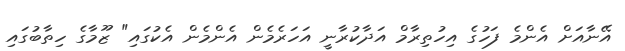
އޭނާއަށް އެންމެ ފަހުގެ އިހުތިރާމް އަދާކުރާނީ އަހަރެމެން އެންމެން އެކުގައި" ޒޫމާގެ ހިތާބުގައި